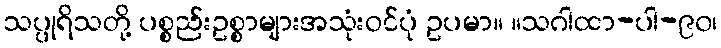
သပ္ပုရိသတို့ ပစ္စည်းဥစ္စာများအသုံးဝင်ပုံ ဥပမာ။ ။သဂါထာ-ပါ-၉၀၊